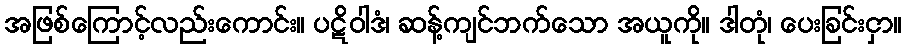
အဖြစ်ကြောင့်လည်းကောင်း။ ပဋိဝါဒံ၊ ဆန့်ကျင်ဘက်သော အယူကို။ ဒါတုံ၊ ပေးခြင်းငှာ။